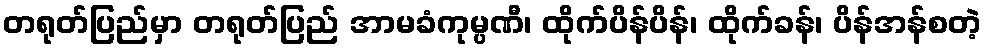
တရုတ်ပြည်မှာ တရုတ်ပြည် အာမခံကုမ္ပဏီ၊ ထိုက်ပိန်ပိန်၊ ထိုက်ခန်၊ ပိန်အန်စတဲ့